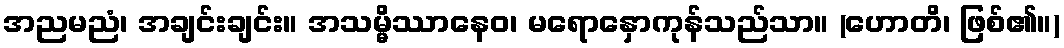
အညမညံ၊ အချင်းချင်း။ အသမ္မိဿာနေဝ၊ မရောနှောကုန်သည်သာ။ (ဟောတိ၊ ဖြစ်၏။)